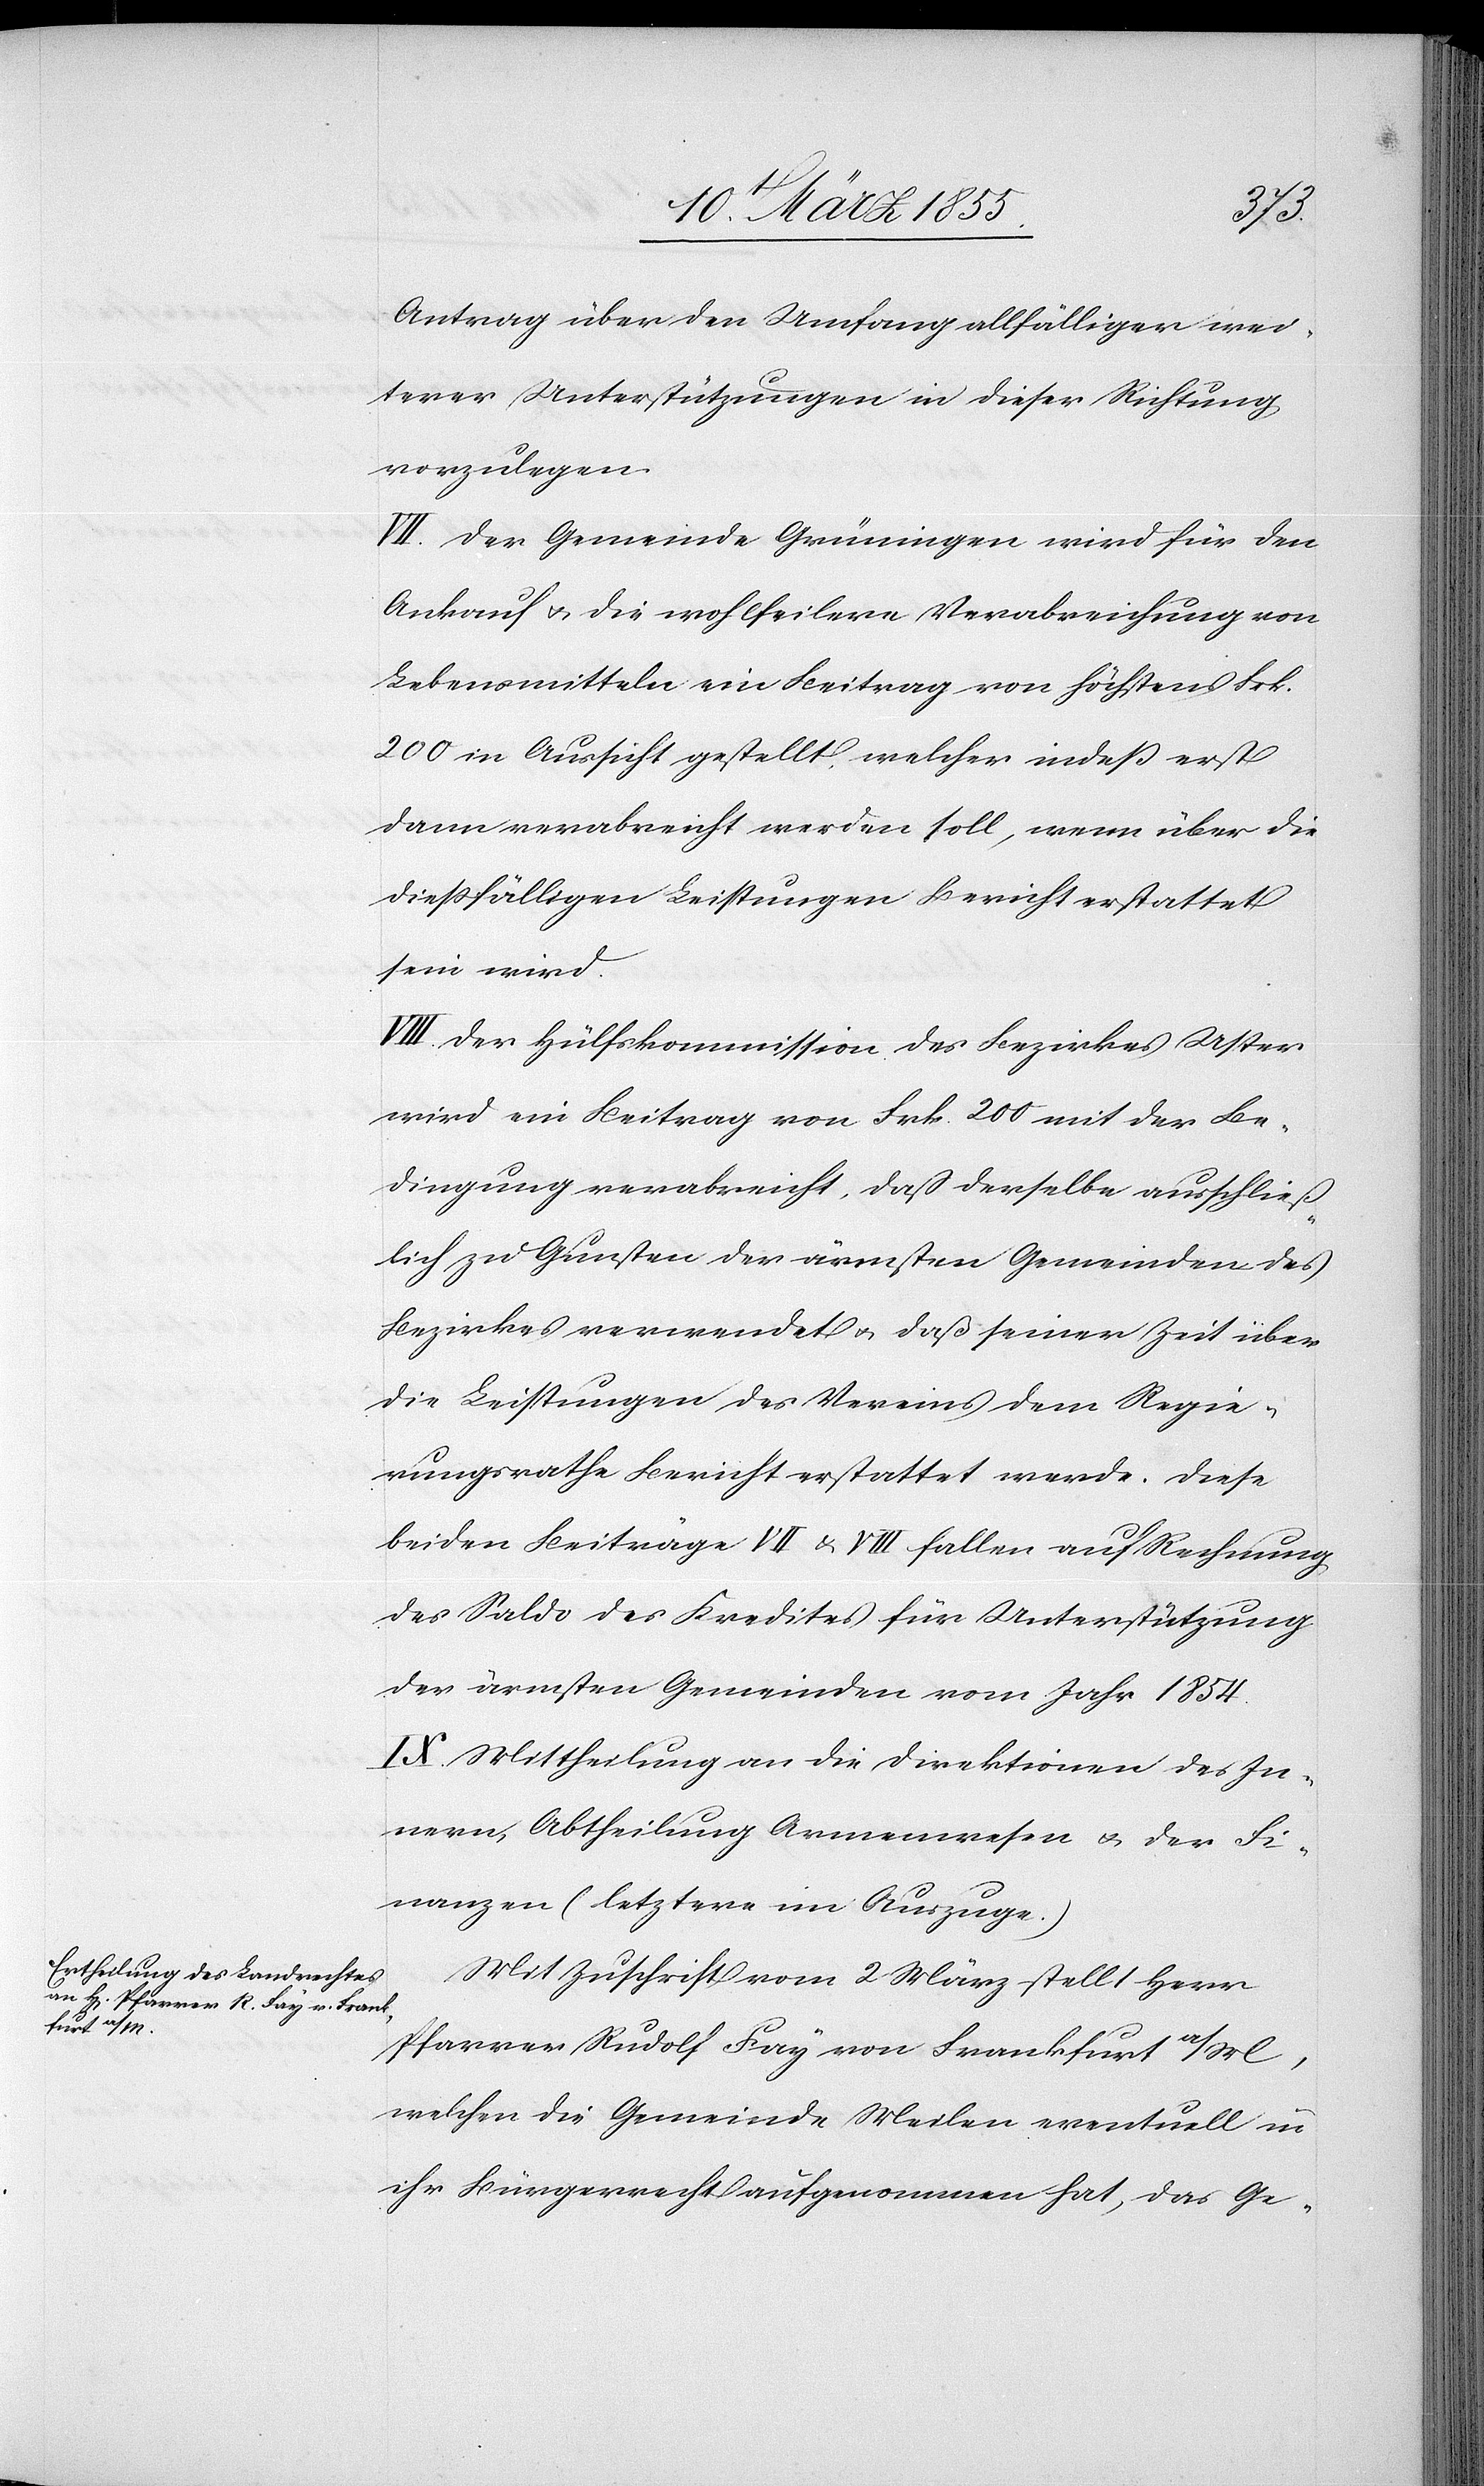
Antrag über den Umfang allfälliger wei¬
terer Unterstützungen in dieser Richtung
vorzulegen.
VII. Der Gemeinde Grüningen wird für den
Ankauf & die wohlfeilere Verabreichung von
Lebensmitteln ein Beitrag von höchstens Frk.
200 in Aussicht gestellt, welcher indeß erst
dann verabreicht werden soll, wenn über die
diessfälligen Leistungen Bericht erstattet
sein wird.
VIII. Der Hülfskommission des Bezirkes Uster
wird ein Beitrag von Frk. 200 mit der Be¬
dingung verabreicht, daß derselbe ausschließ¬
lich zu Gunsten der ärmsten Gemeinden des
Bezirkes verwendet & daß seiner Zeit über
die Leistungen des Vereins dem Regie¬
rungsrathe Bericht erstattet werde. Diese
beiden Beiträge VII & VIII fallen auf Rechnung
des Saldo des Kredites für Unterstützung
der ärmsten Gemeinden vom Jahr 1854.
IX. Mittheilung an die Direktionen des In¬
nern, Abtheilung Armenwesen & der Fi¬
nanzen (letztere im Auszuge.)
Mit Zuschrift vom 2 März stellt Herr
Pfarrer Rudolf Fay von Frankfurt a/M,
welchen die Gemeinde Meilen eventuell in
ihr Bürgerrecht aufgenommen hat, das Ge-